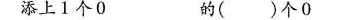
添上1个0 的( )个0